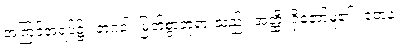
အကြင်အရပ်၌။ ဘဂဝါ၊ မြတ်စွာဘုရားသည်။ အတ္ထိ၊ ရှိတော်မူ၏။ တေန၊